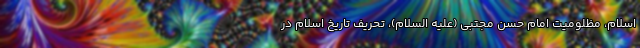
اسلام، مظلومیت امام حسن مجتبی (علیه السلام)، تحریف تاریخ اسلام در